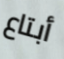
أبتاع